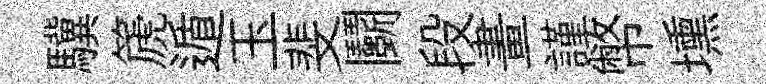
驥篪遁玉斐鬬段畫謹幣壎